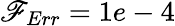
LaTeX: \mathscr{F}_{Err}=1e-4